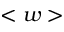
< w >